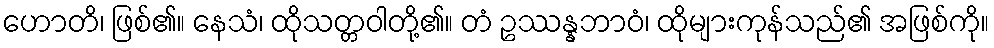
ဟောတိ၊ ဖြစ်၏။ နေသံ၊ ထိုသတ္တဝါတို့၏။ တံ ဥဿန္နဘာဝံ၊ ထိုများကုန်သည်၏ အဖြစ်ကို။